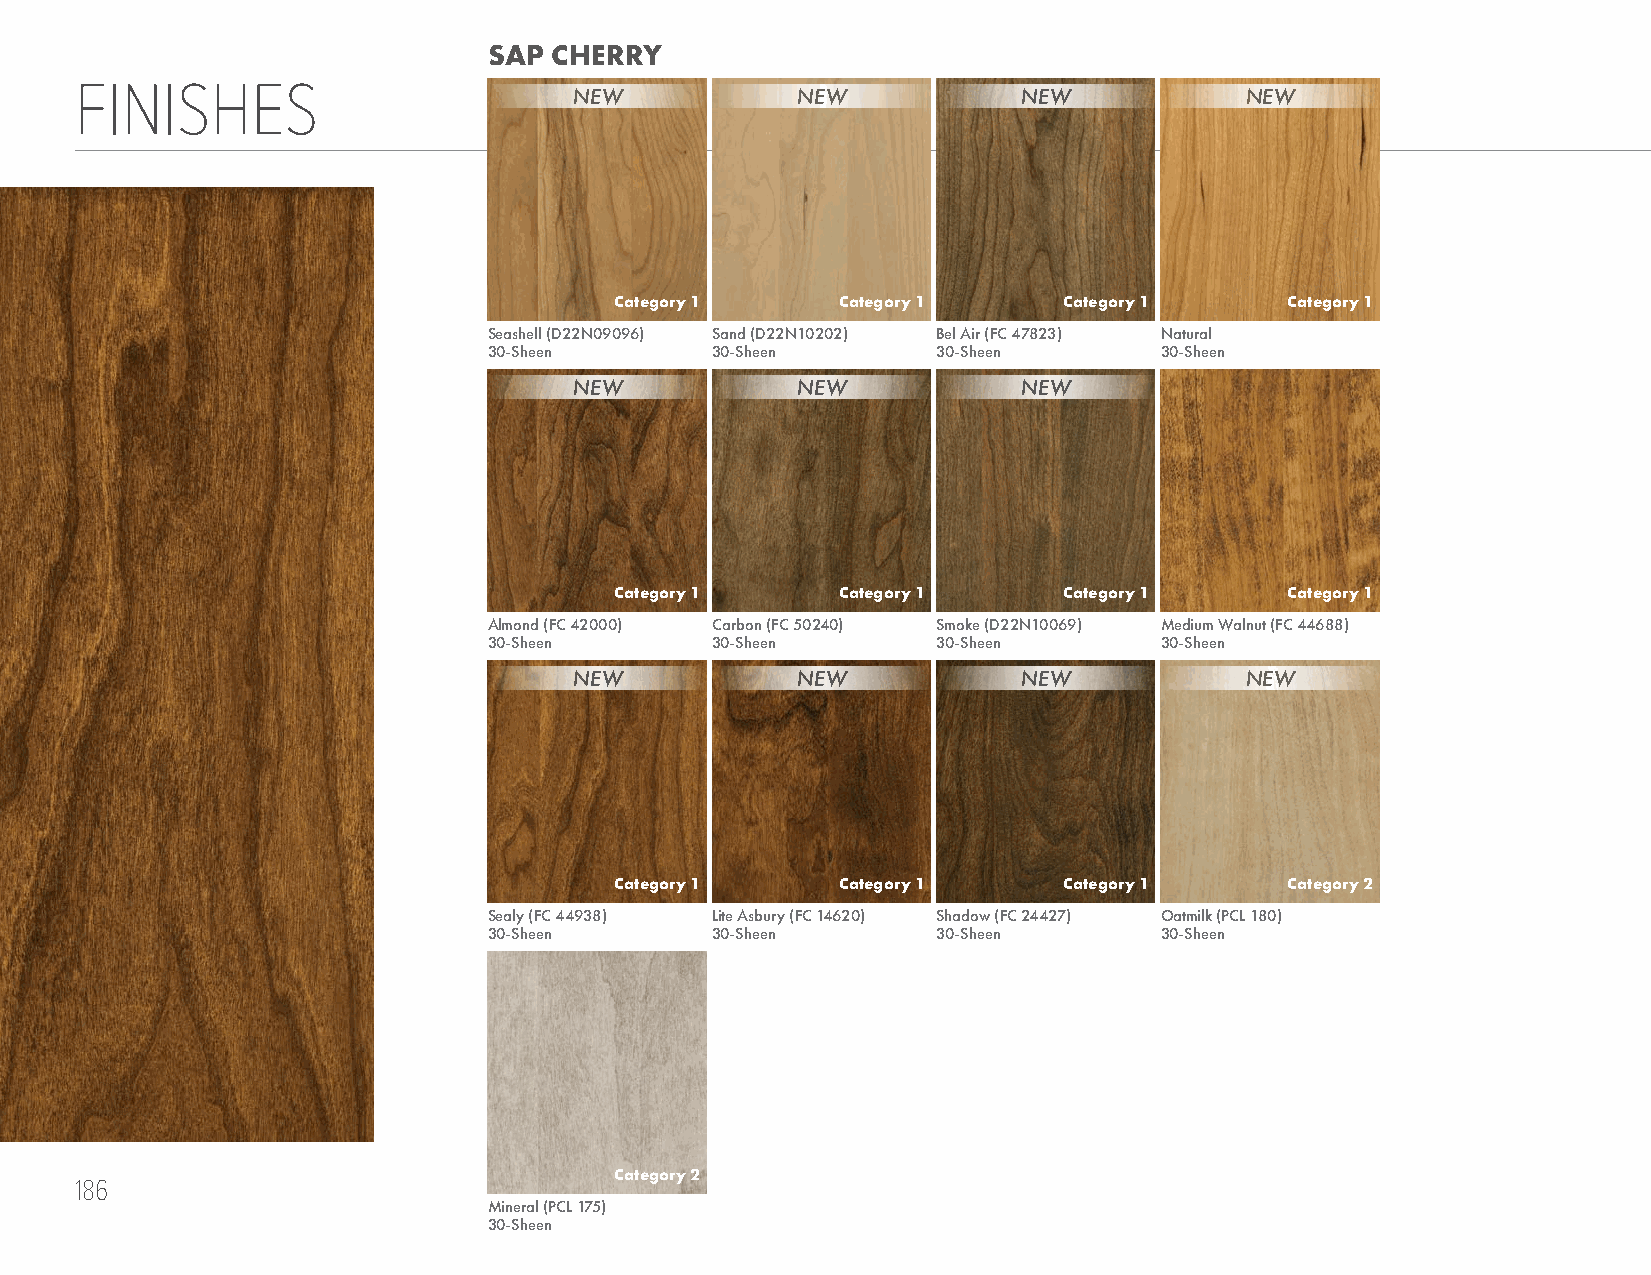
SAP CHERRY
 FINISHES
 NEW            NEW            NEW           NEW
 Category 1     Category 1    Category 1     Category 1
 Seashell (D22N09096) Sand (D22N10202) Bel Air (FC 47823) Natural
 30-Sheen       30-Sheen       30-Sheen       30-Sheen
 NEW            NEW            NEW
 Category 1     Category 1    Category 1     Category 1
 Almond (FC 42000) Carbon (FC 50240) Smoke (D22N10069) Medium Walnut (FC 44688)
 30-Sheen       30-Sheen       30-Sheen       30-Sheen
 NEW            NEW            NEW           NEW
 Category 1     Category 1    Category 1     Category 2
 Sealy (FC 44938) Lite Asbury (FC 14620) Shadow (FC 24427) Oatmilk (PCL 180)
 30-Sheen       30-Sheen       30-Sheen       30-Sheen
 Category 2
 186
 Mineral (PCL 175)
 30-Sheen